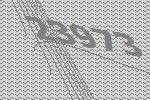
23973